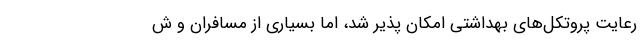
رعایت پروتکل‌های بهداشتی امکان پذیر شد، اما بسیاری از مسافران و ش